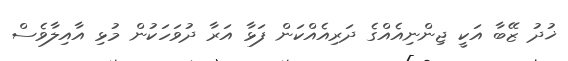
ޚުދު ޒޭބާ އަކީ ޖިންނިއެއްގެ ދަރިއެއްކަން ފަޅާ އަރާ ދުވަހަކުން މުޅި އާއިލާވެސް